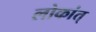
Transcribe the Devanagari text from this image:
लोकांत्‌